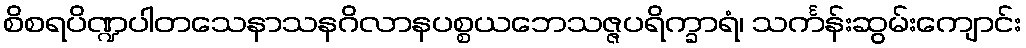
စိစရပိဏ္ဍပါတသေနာသနဂိလာနပစ္စယဘေသဇ္ဇပရိက္ခာရံ၊ သင်္ကန်းဆွမ်းကျောင်း